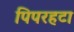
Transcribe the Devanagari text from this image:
पिपरहटा